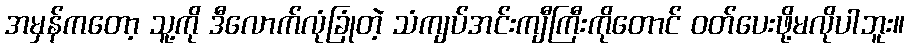
အမှန်ကတော့ သူ့ကို ဒီလောက်လုံခြုံတဲ့ သံကျပ်အင်းကျီကြီးကိုတောင် ဝတ်ပေးဖို့မလိုပါဘူး။